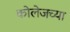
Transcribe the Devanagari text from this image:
कोलेजच्या